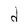
Character: d